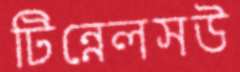
টিন্নেলসউ